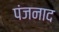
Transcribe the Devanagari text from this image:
पंजनाद